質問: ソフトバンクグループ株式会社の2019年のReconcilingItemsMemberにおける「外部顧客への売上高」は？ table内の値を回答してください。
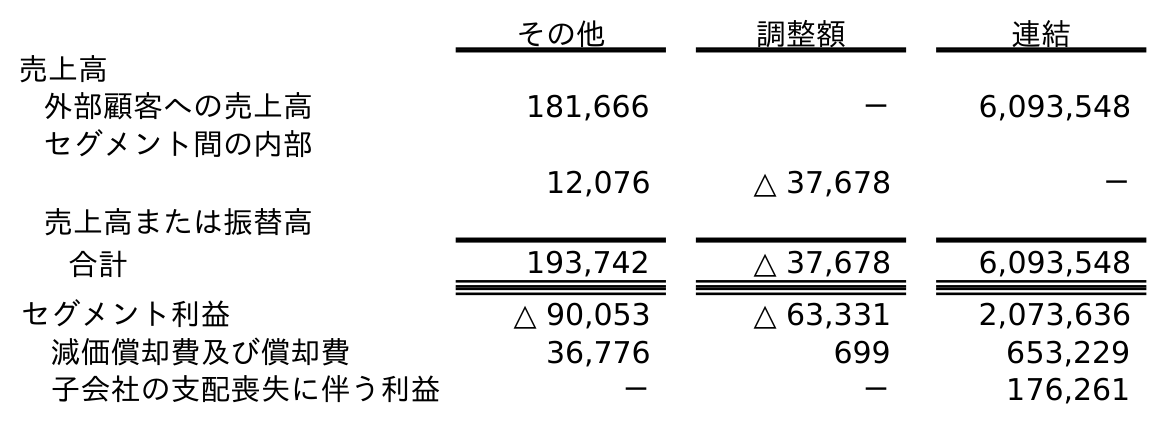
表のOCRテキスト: その他 調整額 連結 売上高 外部顧客への売上高 181,666 － 6,093,548 セグメント間の内部 売上高または振替高 12,076 △ 37,678 － 合計 193,742 △ 37,678 6,093,548 セグメント利益 △ 90,053 △ 63,331 2,073,636 減価償却費及び償却費 36,776 699 653,229 子会社の支配喪失に伴う利益 － － 176,261
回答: －